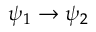
\psi _ { 1 } \rightarrow \psi _ { 2 }